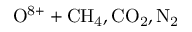
\mathrm { O ^ { 8 + } + C H _ { 4 } , C O _ { 2 } , N _ { 2 } }